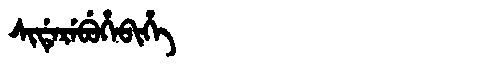
Manchu: ᠰᡳᡩᡝᡵᡝᠪᡠᡥᡝᠪᡳᡥᡝ
Romanization: SIDEREBUHEBIHE